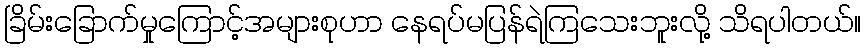
ခြိမ်းခြောက်မှုကြောင့်အများစုဟာ နေရပ်မပြန်ရဲကြသေးဘူးလို့ သိရပါတယ်။